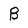
Character: B